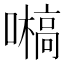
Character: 𡂀